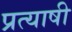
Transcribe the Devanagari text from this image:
प्रत्याषी